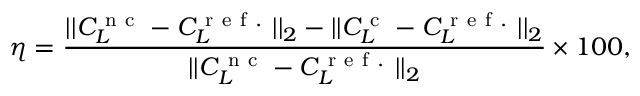
\eta = \frac { | | C _ { L } ^ { \mathrm { ~ n ~ c ~ } } - C _ { L } ^ { \mathrm { ~ r ~ e ~ f ~ . ~ } } | | _ { 2 } - | | C _ { L } ^ { \mathrm { ~ c ~ } } - C _ { L } ^ { \mathrm { ~ r ~ e ~ f ~ . ~ } } | | _ { 2 } } { | | C _ { L } ^ { \mathrm { ~ n ~ c ~ } } - C _ { L } ^ { \mathrm { ~ r ~ e ~ f ~ . ~ } } | | _ { 2 } } \times 1 0 0 ,